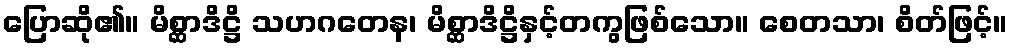
ပြောဆို၏။ မိစ္ဆာဒိဋ္ဌိ သဟဂတေန၊ မိစ္ဆာဒိဋ္ဌိနှင့်တကွဖြစ်သော။ စေတသာ၊ စိတ်ဖြင့်။